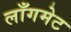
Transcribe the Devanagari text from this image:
लाँगमेट